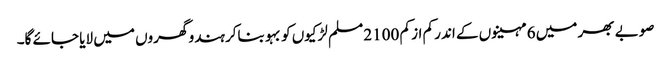
صوبے بھر میں 6 مہینوں کے اندر کم از کم 2100 مسلم لڑکیوں کو بہو بناکر ہندو گھروں میں لایا جائے گا۔